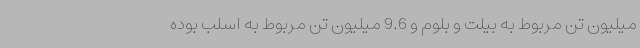
میلیون تن مربوط به بیلت و بلوم و 9.6 میلیون تن مربوط به اسلب بوده